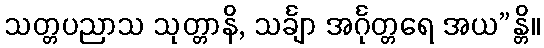
သတ္တပညာသ သုတ္တာနိ, သင်္ချာ အင်္ဂုတ္တရေ အယ”န္တိ။